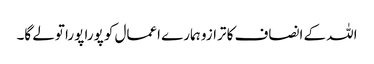
اللہ کے انصاف کا ترازو ہمارے اعمال کو پورا پورا تولے گا۔